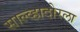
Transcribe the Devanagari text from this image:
साल्व्हादोरला